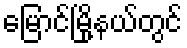
မြောင်မြို့နယ်တွင်